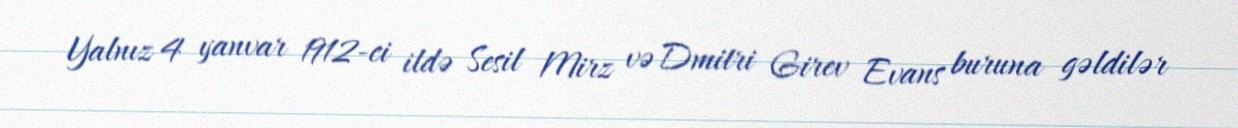
Yalnız 4 yanvar 1912-ci ildə Sesil Mirz və Dmitri Girev Evans buruna gəldilər